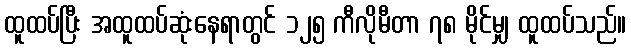
ထူထပ်ပြီး အထူထပ်ဆုံးနေရာတွင် ၁၂၅ ကီလိုမီတာ ၇၈ မိုင်မျှ ထူထပ်သည်။